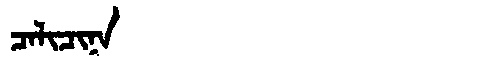
Manchu: ᠴᠠᠯᡳᠴᡳᠨᠠ
Romanization: CALICINA